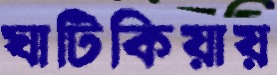
ঘাটিকিয়ায়